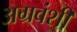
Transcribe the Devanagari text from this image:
अग्रवंशी